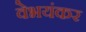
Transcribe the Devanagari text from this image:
वेभयंकर